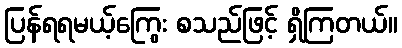
ပြန်ရရမယ့်ကြွေး စသည်ဖြင့် ရှိကြတယ်။